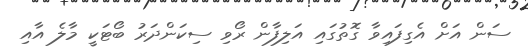
ސަން އަށް އެގިފައިވާ ގޮތުގައި އަލިފާން ރޯވި ސިކަންދަރު ބޯޓަކީ މާލެ އާއި